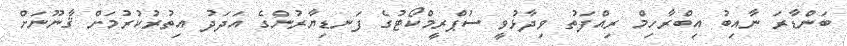
ބަންޑާރަ ނާއިބު އިބްރާހިމް ރިއްފަތު ވިދާޅުވީ ސުޕްރީމްކޯޓުގެ ފަނޑިޔާރުންގެ އަދަދު އިތުރުކުރުމަށް ޤާނޫނަށް